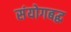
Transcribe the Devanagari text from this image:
संयोगबद्ध